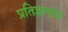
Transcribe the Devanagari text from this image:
प्रतिज्ञापात्र